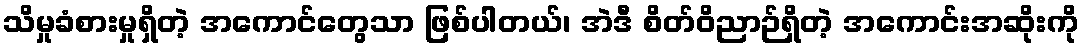
သိမှုခံစားမှုရှိတဲ့ အကောင်တွေသာ ဖြစ်ပါတယ်၊ အဲဒီ စိတ်ဝိညာဉ်ရှိတဲ့ အကောင်းအဆိုးကို